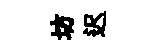
坊迟